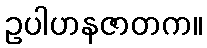
ဥပါဟနဇာတက။